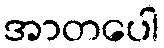
အာတပေါ